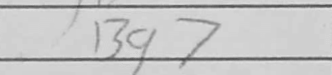
Transcription: Bg7